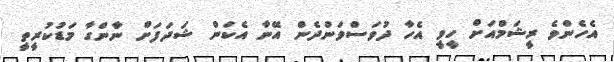
އެހެންވެ ރީޝަމްއަށް ހީވީ އެހާ ދުވަސްވަންދެން އޭނާ އެކަން ޝަދަފަށް ނާންގާ މަޑުކުރީތީ